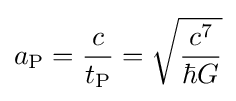
a_{\text{P}}={\frac {c}{t_{\text{P}}}}={\sqrt {\frac {c^{7}}{\hbar G}}}